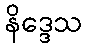
နိဒ္ဒေသ